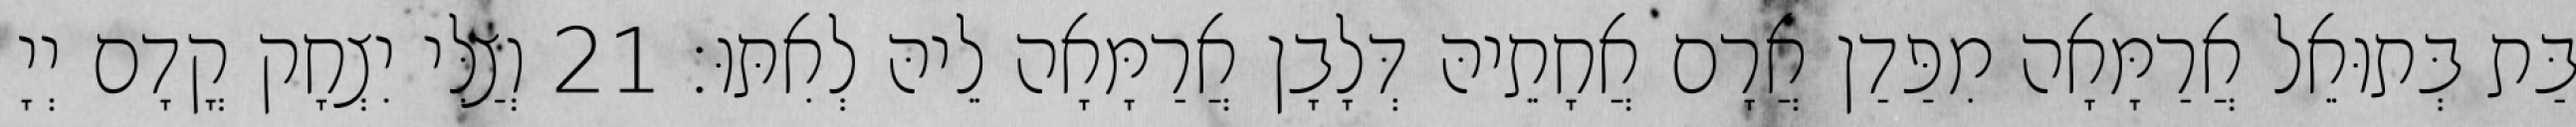
בַּת בְּתוּאֵל אֲרַמָּאָה מִפַּדַן אֲרָם אֲחָתֵיהּ דְּלָבָן אֲרַמָּאָה לֵיהּ לְאִתּוּ׃ 21 וְצַלִּי יִצְחָק קֳדָם יְיָ